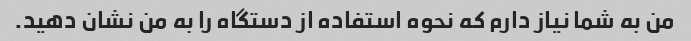
من به شما نیاز دارم که نحوه استفاده از دستگاه را به من نشان دهید.